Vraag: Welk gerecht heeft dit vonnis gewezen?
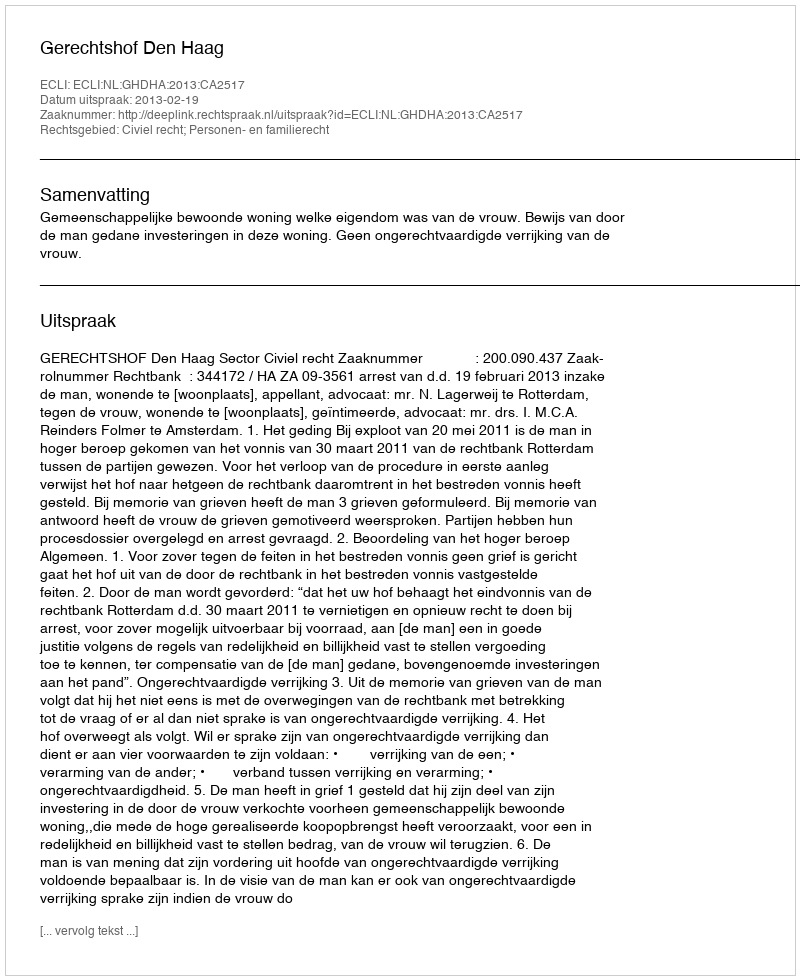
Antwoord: Gerechtshof Den Haag